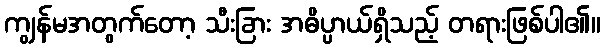
ကျွန်မအတွက်တော့ သီးခြား အဓိပ္ပာယ်ရှိသည့် တရားဖြစ်ပါ၏။